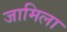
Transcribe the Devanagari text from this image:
जामिला